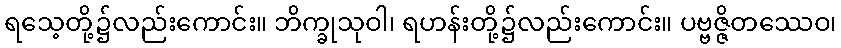
ရသေ့တို့၌လည်းကောင်း။ ဘိက္ခုသုဝါ၊ ရဟန်းတို့၌လည်းကောင်း။ ပဗ္ဗဇ္ဇိတဿေဝ၊